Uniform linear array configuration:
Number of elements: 64
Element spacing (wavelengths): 0.75
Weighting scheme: binomial
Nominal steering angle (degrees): -30
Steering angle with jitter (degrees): -31.916
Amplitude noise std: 0.05
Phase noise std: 0.05

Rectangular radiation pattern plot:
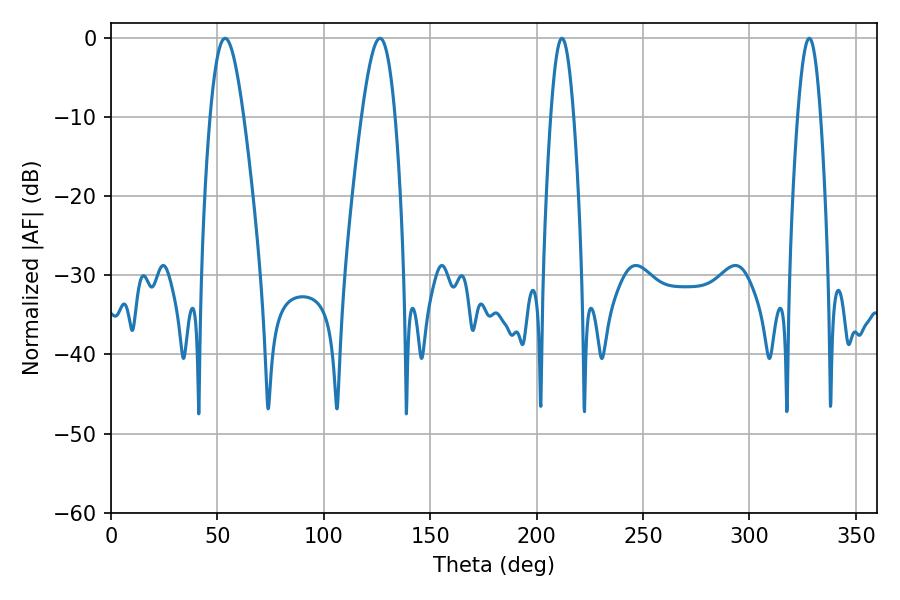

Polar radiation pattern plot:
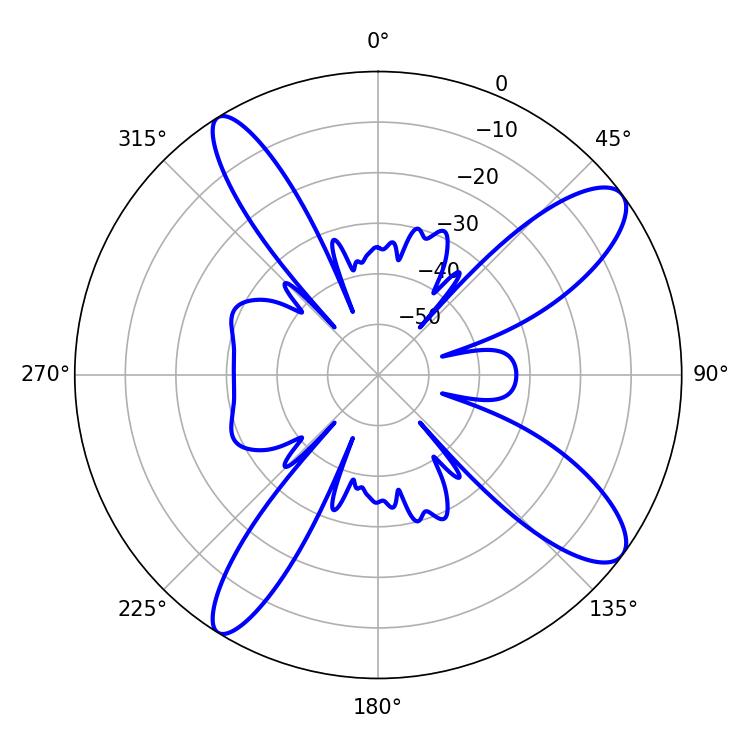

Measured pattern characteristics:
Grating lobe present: TRUE
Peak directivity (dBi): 11.474
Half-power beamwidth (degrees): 8.46
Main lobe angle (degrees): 53.64